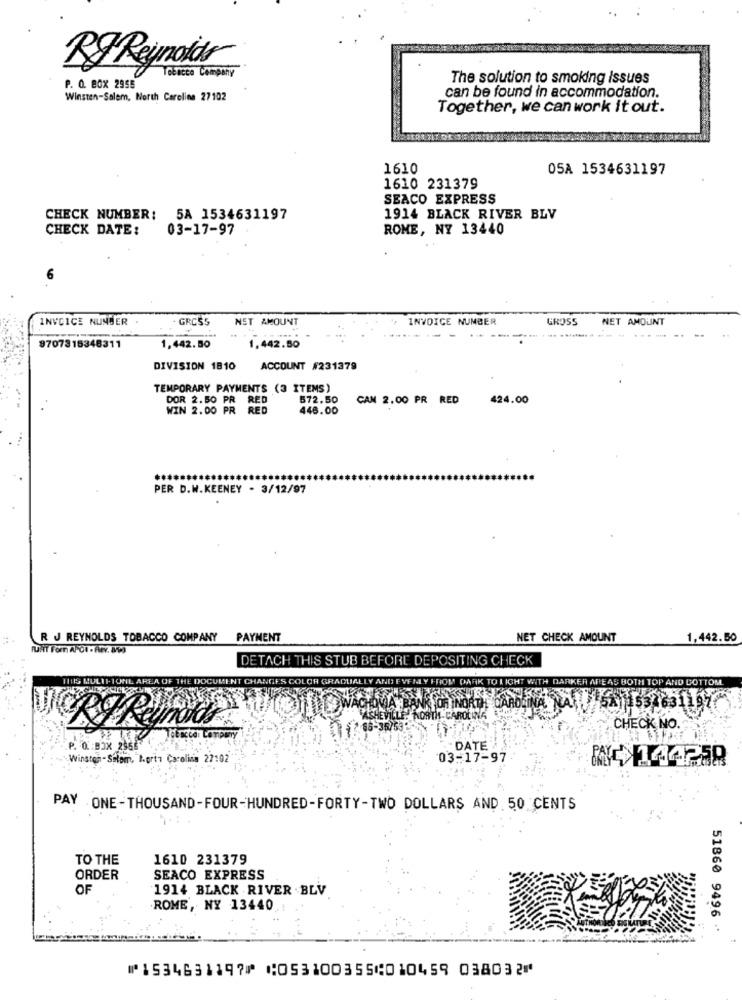
RJ Reynolds
Tobacco Company
The solution to smoking issues
P. O. BOX 2955
can be found in accommodation.
Winston-Salem, North Carolina 27102
Together, we can work it out.
1610
05A 1534631197
1610 231379
SEACO EXPRESS
CHECK NUMBER: 5A 1534631197
1914 BLACK RIVER BLV
CHECK DATE:
03-17-97
ROME, NY 13440
6
INVOICE NUNGER
GROSS
NET AMOUNT
INVOICE NUMBER
GROSS
NET AMOUNT
9707315348311
1,442.50
1.442.50
DIVISION 1810
ACCOUNT #231379
TEMPORARY PAYMENTS (3 ITEMS)
DOR 2.50 PR RED
572.50
CAN 2.00 PR RED
424.00
WIN 2.00 PR RED
446.00
PER D.W.KEENEY - 3/12/97
R J REYNOLDS TOBACCO COMPANY PAYMENT
NET CHECK AMOUNT
1,442.50
DETACH THIS STUB BEFORE DEPOSITING CHECK
THIS MULTI-TONE
OLGA GRADUALLY AND
MARK TO I ICHT WITH DARKER ARE AS BOTH TOP AND BOTTOM
NORTH CAROLINA
CHECK NO.
P. O. BOX 286
DATE
inston- Salom, I.prin Carolina 27:02
03-17-97
W 134258
PAY ONE - THOUSAND-FOUR-HUNDRED-FORTY-TWO DOLLARS AND. 50 CENTS
TO THE
1610 231379
ORDER
SEACO EXPRESS
OF
1914 BLACK RIVER .BLV
ROME, NY 13440
51860 9496
⑈1534631197⑈ ⑆053100355⑆010459 038032⑈